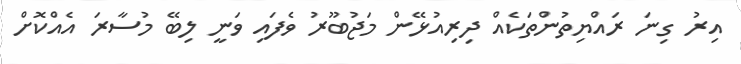
އިރު ގިނަ ރައްޔިތުންތަކެއް ދިރިއުޅޭން މަޖުބޫރު ވެފައި ވަނީ ލިބޭ މުސާރަ އެއްކޮށް